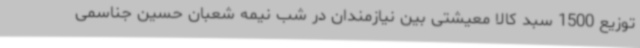
توزیع 1500 سبد کالا معیشتی بین نیازمندان در شب نیمه شعبان حسین جناسمی